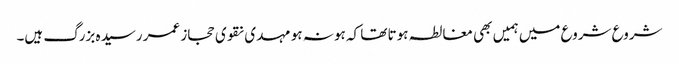
شروع شروع میں ہمیں بھی مغالطہ ہوتا تھا کہ ہو نہ ہو مہدی نقوی حجاز عمر رسیدہ بزرگ ہیں۔